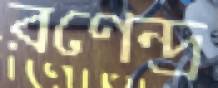
রণেন্দ্র